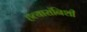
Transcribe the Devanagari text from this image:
हत्यारांनिशी